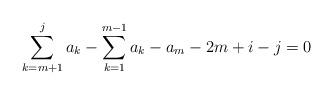
LaTeX: \begin{align*}\sum_{k = m+1}^j a_k - \sum_{k = 1}^{m-1} a_k - a_m - 2m + i - j = 0\end{align*}